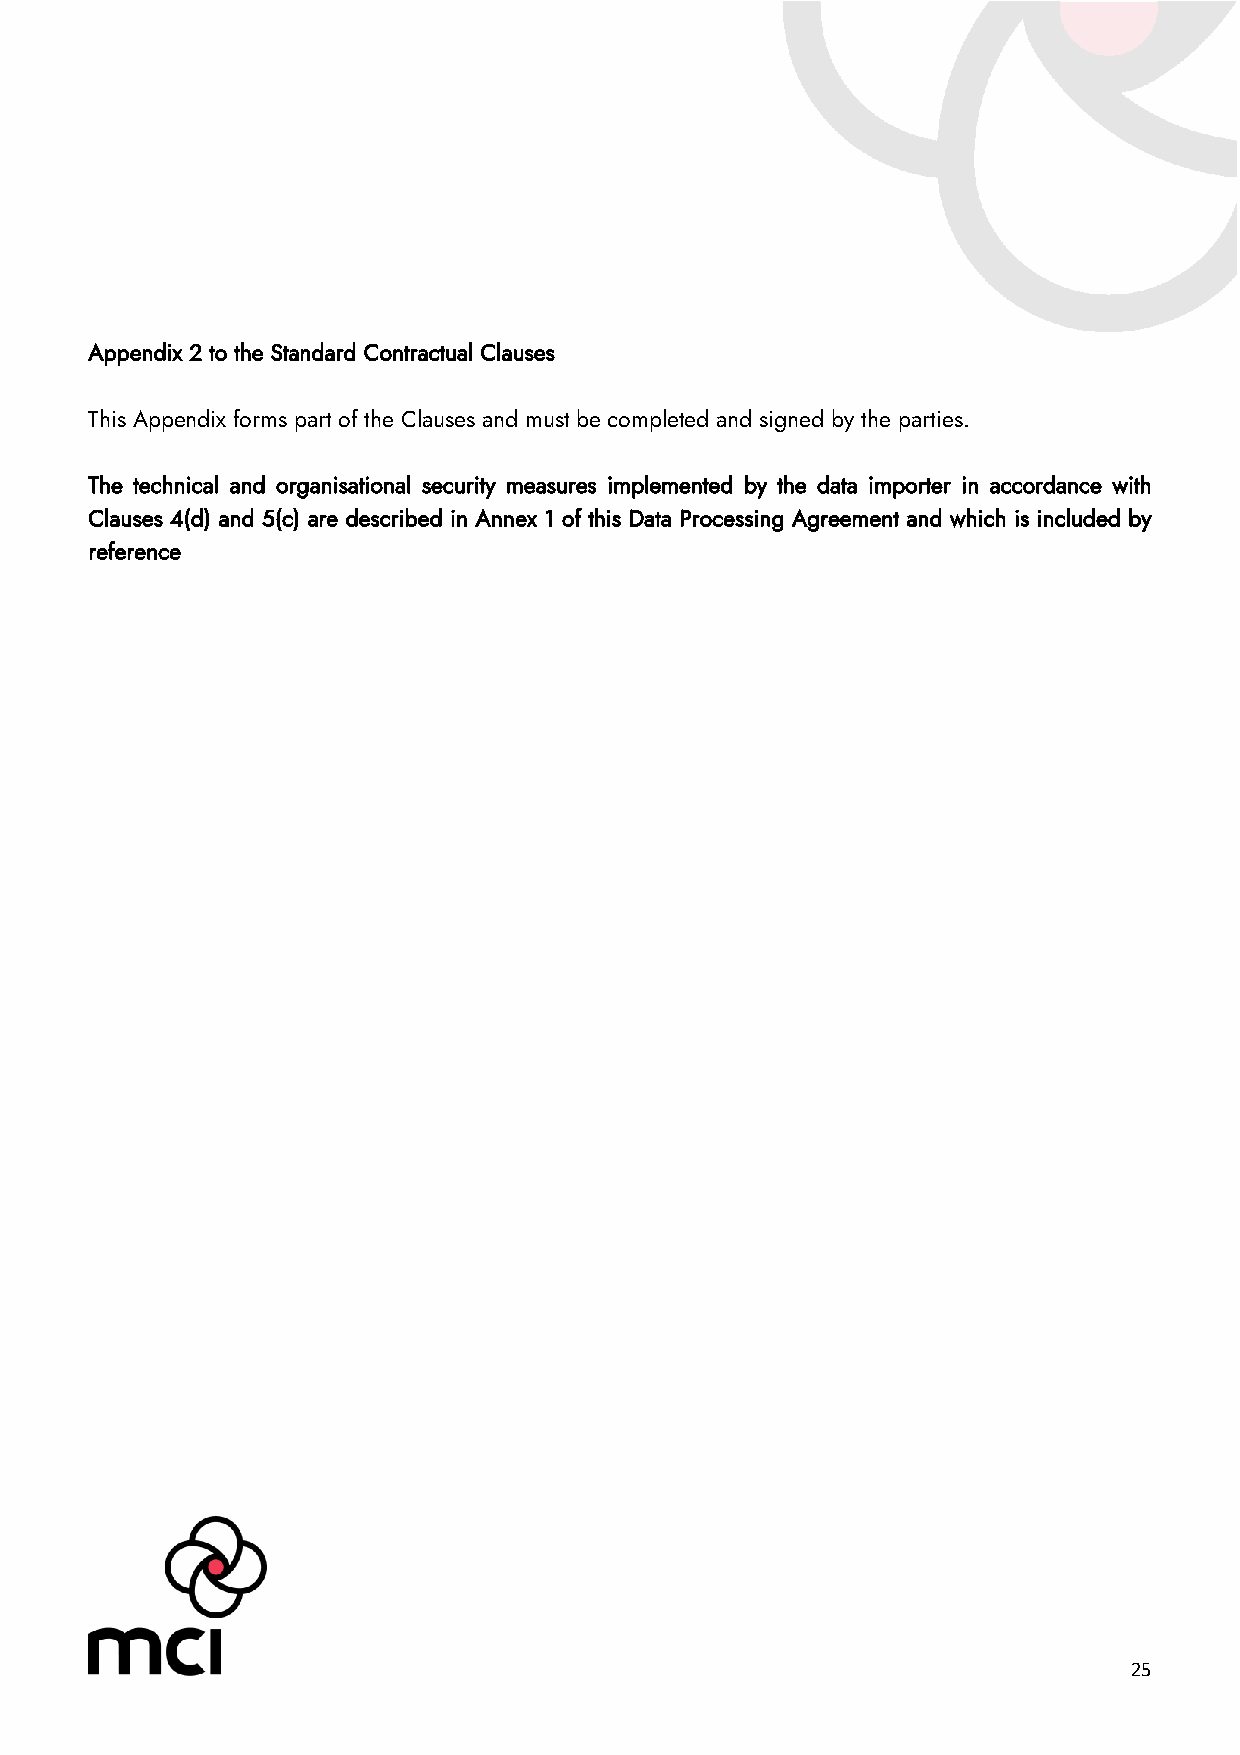
Appendix 2 to the Standard Contractual Clauses
 This Appendix forms part of the Clauses and must be completed and signed by the parties.
 The technical and organisational security measures implemented by the data importer in accordance with
 Clauses 4(d) and 5(c) are described in Annex 1 of this Data Processing Agreement and which is included by
 reference
 25